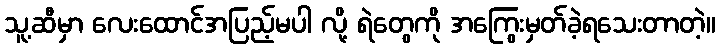
သူ့ဆီမှာ လေးထောင်အပြည့်မပါ လို့ ရဲတွေကို အကြွေးမှတ်ခဲ့ရသေးတာတဲ့။